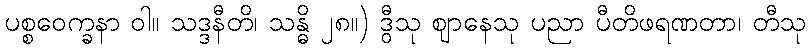
ပစ္စဝေက္ခနာ ဝါ။ သဒ္ဒနီတိ၊ သန္ဓိ ၂၈။) ဒွီသု ဈာနေသု ပညာ ပီတိဖရဏတာ၊ တီသု